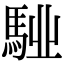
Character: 𩣌